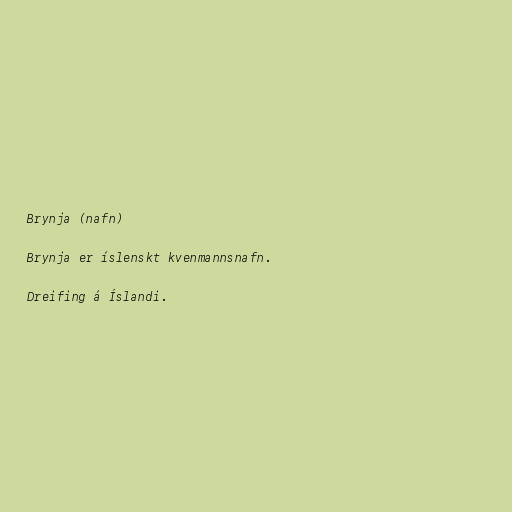
Brynja (nafn)

Brynja er íslenskt kvenmannsnafn.

Dreifing á Íslandi.